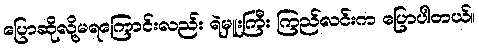
ပြောဆိုလို့မရကြောင်းလည်း ရဲမှူးကြီး ကြည်လင်းက ပြောပါတယ်။